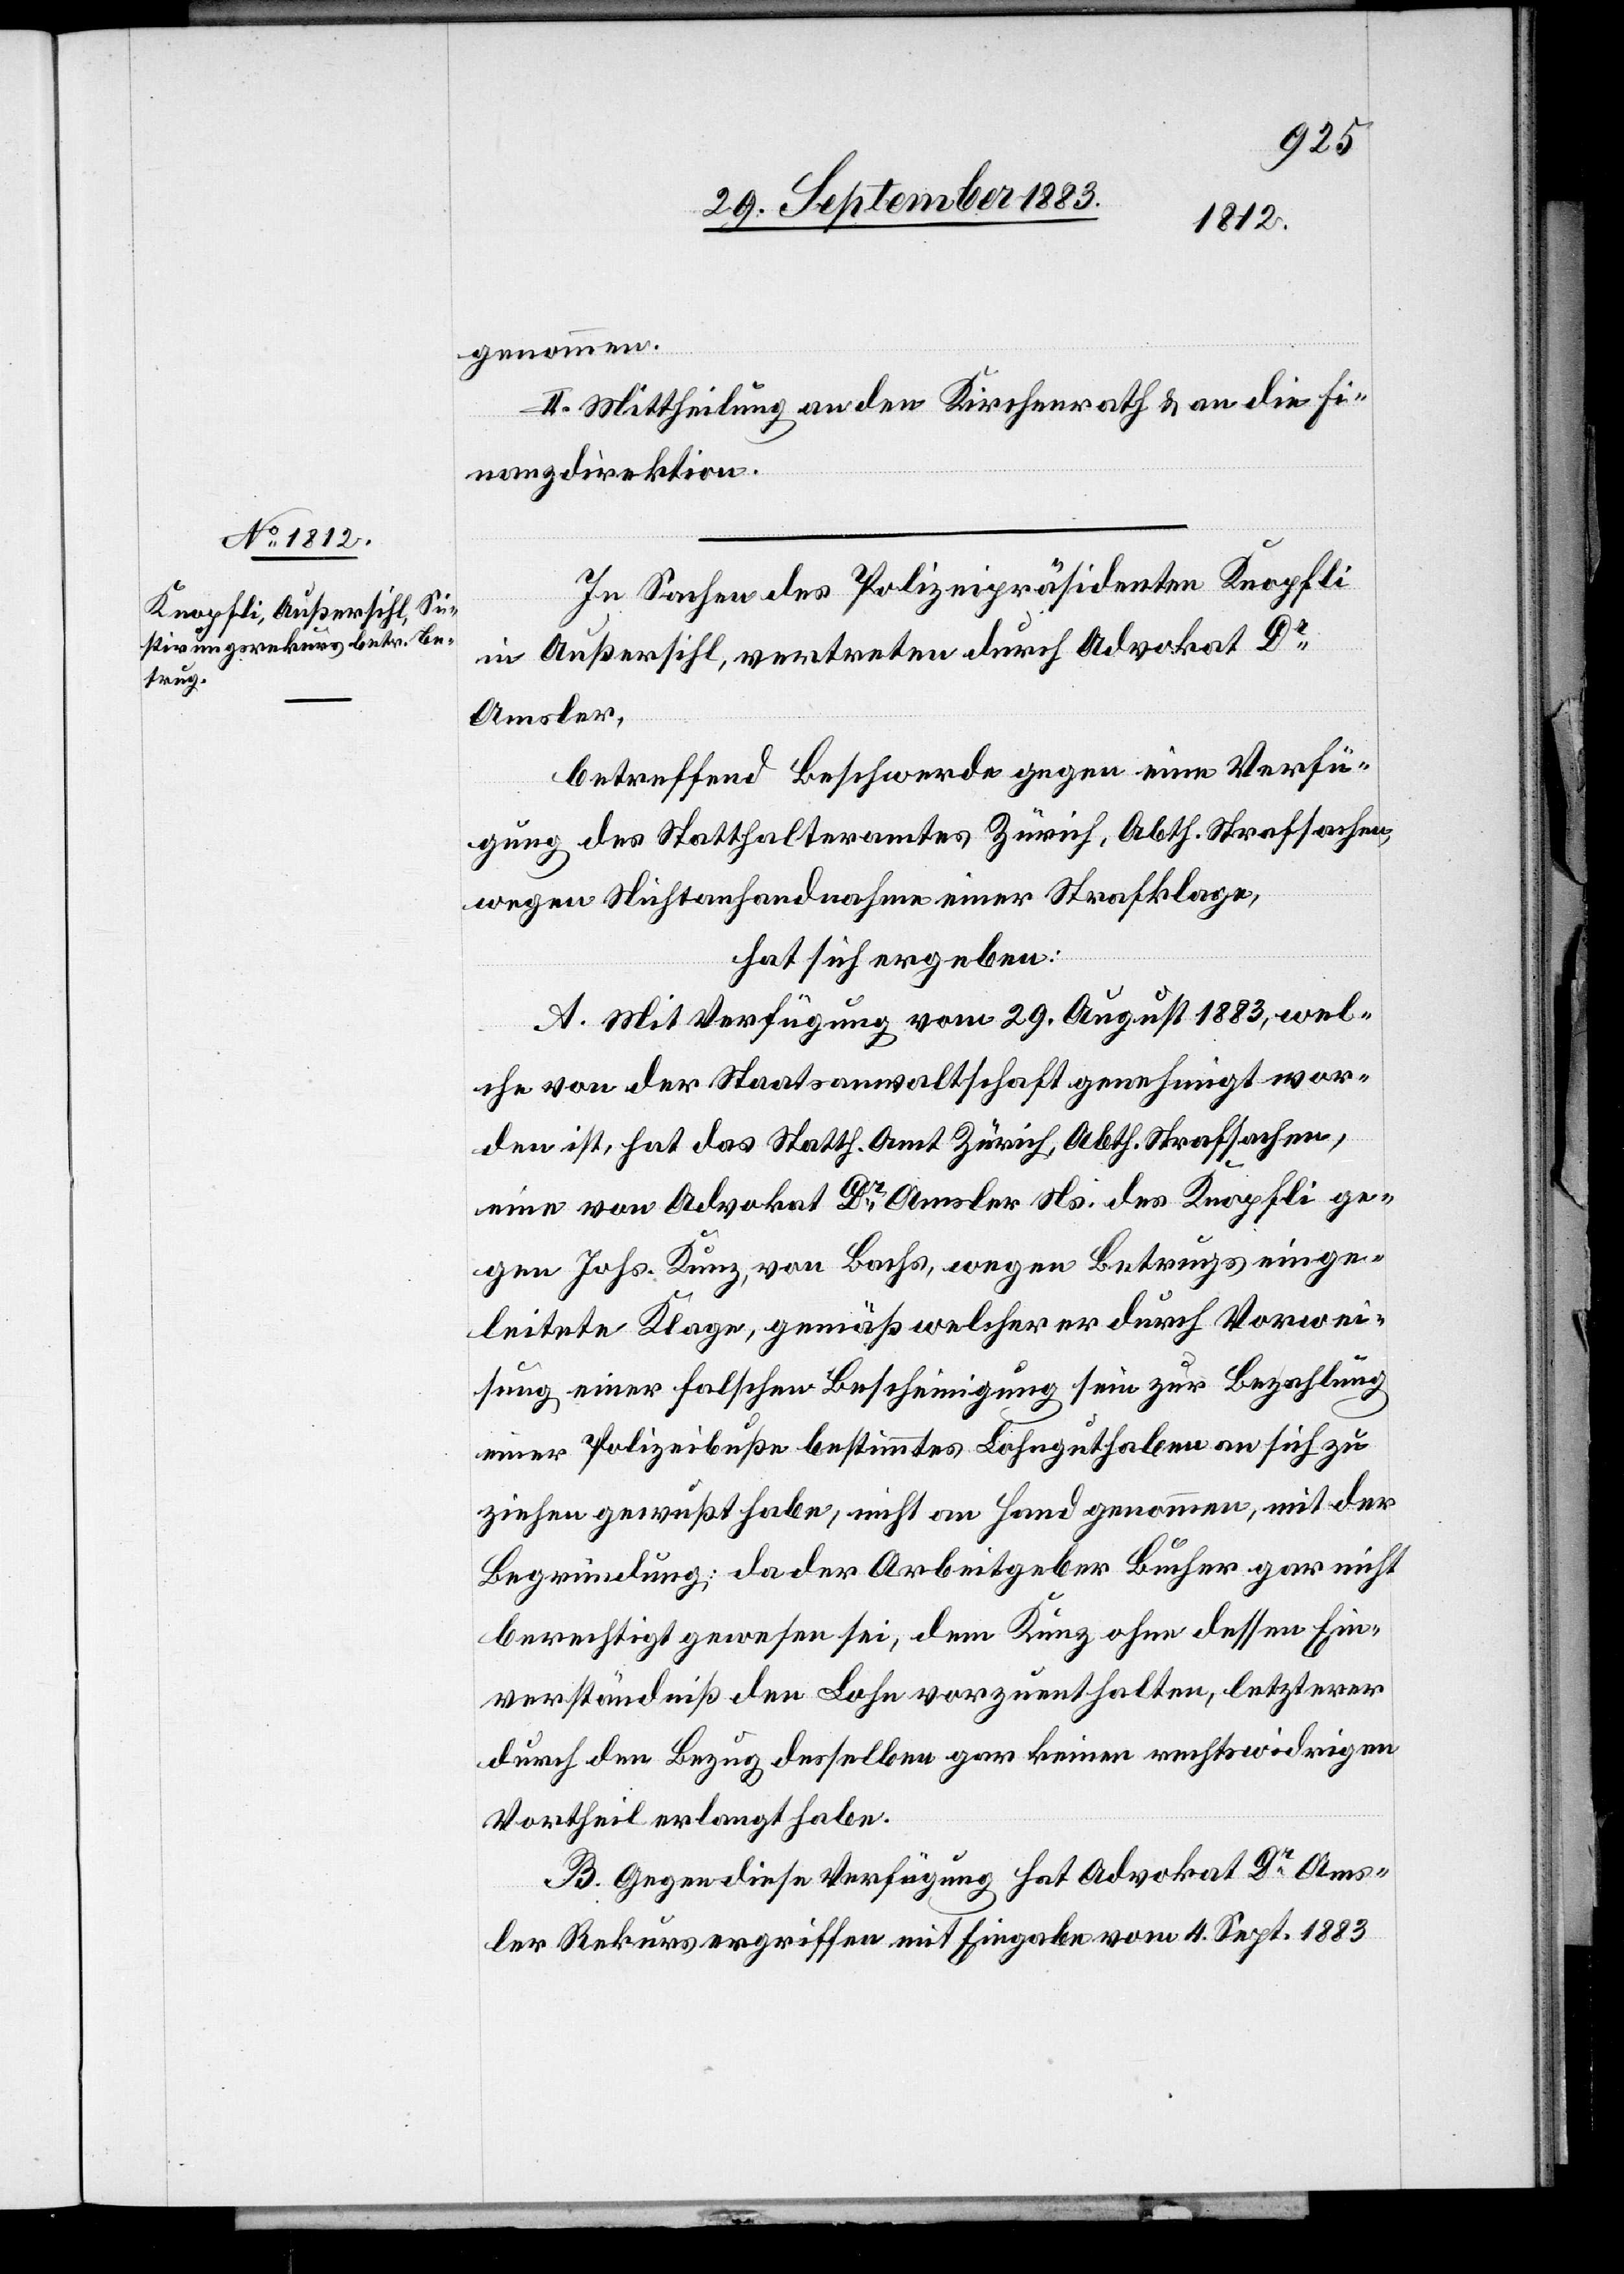
genommen.
II. Mittheilung an den Kirchenrath & an die Fi¬
nanzdirektion.
In Sachen des Polizeipräsidenten Knopfli
in Außersihl, vertreten durch Advokat Dr
Amsler,
betreffend Beschwerde gegen eine Verfü¬
gung des Statthalteramtes Zürich, Abth. Strafsachen,
wegen Nichtanhandnahme einer Strafklage,
hat sich ergeben:
A. Mit Verfügung vom 29. August 1883, wel¬
che von der Staatsanwaltschaft genehmigt wor¬
den ist, hat das Statth. Amt Zürich, Abth. Strafsachen,
eine von Advokat Dr Amsler Ns. des Knopfli ge¬
gen Johs. Kunz, von Bachs, wegen Betrugs einge¬
leitete Klage, gemäß welcher er durch Vorwei¬
sung einer falschen Bescheinigung sein zur Bezahlung
einer Polizeibuße bestimmtes Lohnguthaben an sich zu
ziehen gewußt habe, nicht an Hand genommen, mit der
Begründung: da der Arbeitgeber Bucher gar nicht
berechtigt gewesen sei, dem Kunz ohne dessen Ein¬
verständniß den Lohn vorzuenthalten, letzterer
durch den Bezug desselben gar keinen rechtswidrigen
Vortheil erlangt habe.
B. Gegen diese Verfügung hat Advokat Dr Ams¬
ler Rekurs ergriffen mit Eingabe vom 4. Sept. 1883